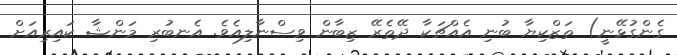
ގެންގުޅޭނީ) ތަޒްކިޔާ ބުނި އެއްޗަކާ ދޭތެރޭ ޒިބާން ވިސްނާލިއެވެ. އެނބުރި މަންޝާ ކައިރިއަށް